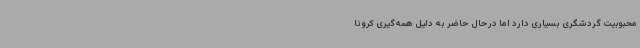
محبوبیت گردشگری بسیاری دارد اما درحال حاضر به دلیل همه‌گیری کرونا